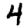
Digit: 4